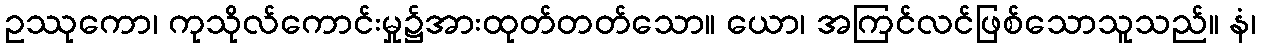
ဥဿုကော၊ ကုသိုလ်ကောင်းမှု၌အားထုတ်တတ်သော။ ယော၊ အကြင်လင်ဖြစ်သောသူသည်။ နံ၊